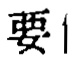
要